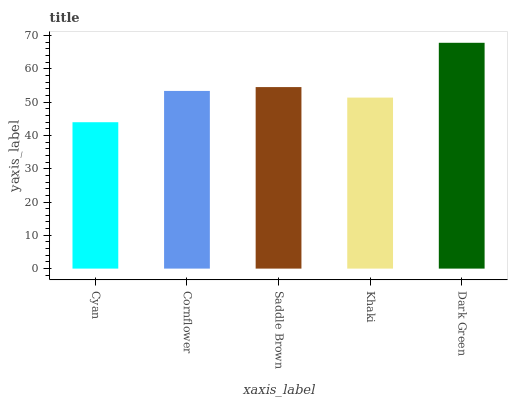
| xaxis_label | bars |
 | --- | --- |
 | Cyan | 44 |
 | Cornflower | 53.4 |
 | Saddle Brown | 54.5 |
 | Khaki | 51.4 |
 | Dark Green | 67.8 |